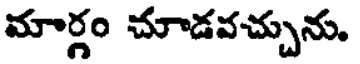
మార్గం చూడవచ్చును.